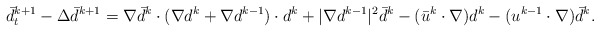
\begin{align*}\bar{d}^{k+1}_t-\Delta \bar{d}^{k+1}=\nabla \bar{d}^k \cdot (\nabla d^k+\nabla d^{k-1})\cdot d^k+|\nabla d^{k-1}|^2 \bar{d}^k -(\bar{u}^k \cdot \nabla) d^k-(u^{k-1}\cdot \nabla)\bar{d}^k.\end{align*}